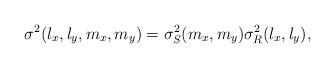
LaTeX: \begin{align*}\sigma^2(l_x,l_y,m_x,m_y)=\sigma^2_{S}(m_x,m_y)\sigma^2_{R}(l_x,l_y),\end{align*}